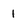
Character: 1